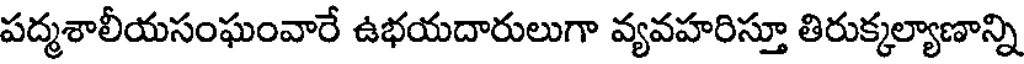
పద్మశాలీయసంఘంవారే ఉభయదారులుగా వ్యవహరిస్తూ తిరుక్కల్యాణాన్ని